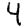
Digit: 4